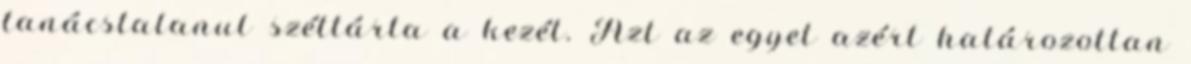
tanácstalanul széttárta a kezét. Azt az egyet azért határozottan